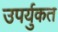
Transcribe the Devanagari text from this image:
उपर्युकत